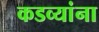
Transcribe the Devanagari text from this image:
कडव्यांना